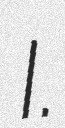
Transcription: I.